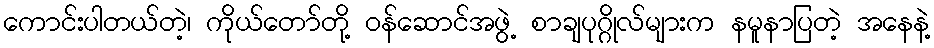
ကောင်းပါတယ်တဲ့၊ ကိုယ်တော်တို့ ဝန်ဆောင်အဖွဲ့ စာချပုဂ္ဂိုလ်များက နမူနာပြတဲ့ အနေနဲ့